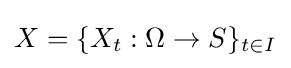
X=\{X_{t}:\Omega \to S\}_{t\in I}